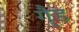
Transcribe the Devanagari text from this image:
गै्ड